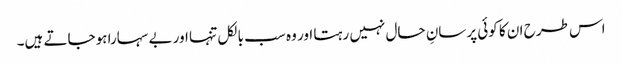
اس طرح ان کا کوئی پرسانِ حال نہیں رہتا اور وہ سب بالکل تنہا اور بے سہارا ہوجاتے ہیں۔